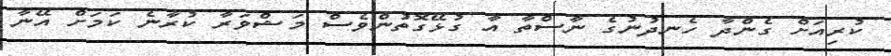
ކުރިއަށް ގެންދާ ހެނދުނުގެ ނާސްތާ އާ ގުޅޭގޮތުންވެސް މަޝްވަރާ ކުރާނެ ކަމަށް އޭނާ